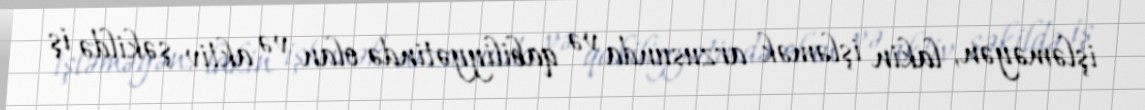
işləməyən, lakin işləmək arzusunda və qabiliyyətində olan və aktiv şəkildə iş